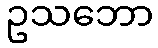
ဥသဘော